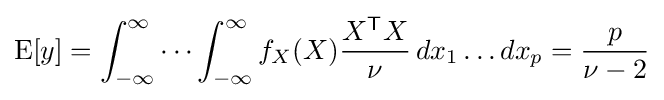
\operatorname {E} [y]=\int _{-\infty }^{\infty }\cdots \int _{-\infty }^{\infty }f_{X}(X){\frac {X^{\mathsf {T}}X}{\nu }}\,dx_{1}\dots dx_{p}={\frac {p}{\nu -2}}